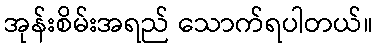
အုန်းစိမ်းအရည် သောက်ရပါတယ်။